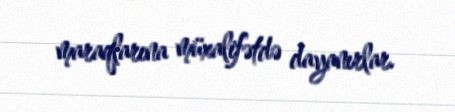
maraqlarına müxalifətdə dayanırlar.